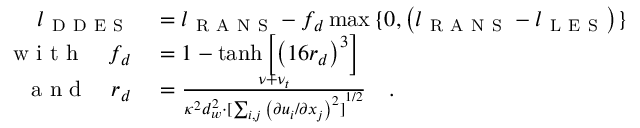
\begin{array} { r l } { l _ { \mathrm { ~ D ~ D ~ E ~ S ~ } } } & { { } = l _ { \mathrm { ~ R ~ A ~ N ~ S ~ } } - f _ { d } \operatorname* { m a x } { \{ 0 , \left( l _ { \mathrm { ~ R ~ A ~ N ~ S ~ } } - l _ { \mathrm { ~ L ~ E ~ S ~ } } \right) \} } } \\ { \mathrm { ~ w ~ i ~ t ~ h ~ } \ \ \ f _ { d } } & { { } = 1 - \operatorname { t a n h } { \left[ { \left( 1 6 r _ { d } \right) } ^ { 3 } \right] } \ \ \ } \\ { \mathrm { ~ a ~ n ~ d ~ } \ \ \ r _ { d } } & { { } = \frac { \nu + \nu _ { t } } { \kappa ^ { 2 } d _ { w } ^ { 2 } \cdot { [ \sum _ { i , j } { \left( \partial u _ { i } / \partial x _ { j } \right) } ^ { 2 } ] } ^ { 1 / 2 } } \ \ \ . } \end{array}